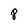
Character: 8